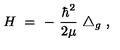
H \ = \ - \ \frac { \hbar ^ { 2 } } { 2 \mu } \ \triangle _ { g } \ ,